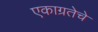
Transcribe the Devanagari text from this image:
एकाग्रतेचे